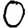
Digit: 0